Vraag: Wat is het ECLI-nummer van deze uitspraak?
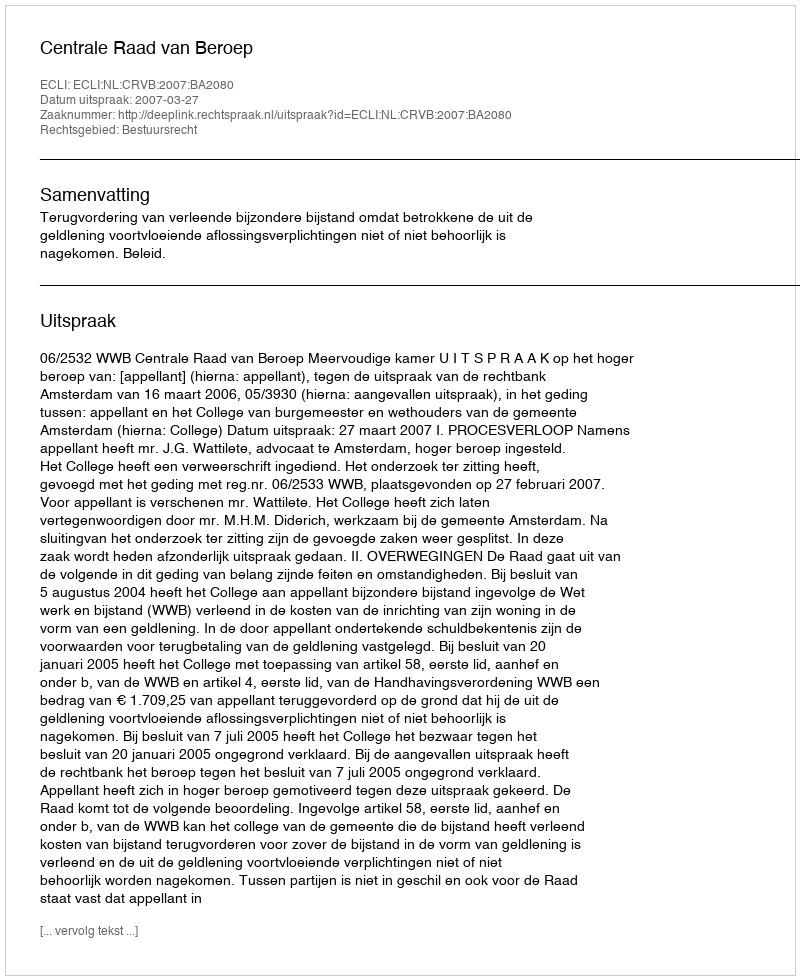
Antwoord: ECLI:NL:CRVB:2007:BA2080